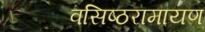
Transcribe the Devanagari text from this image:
वसिष्ठरामायण